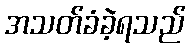
အသတ်ခံခဲ့ရသည်